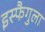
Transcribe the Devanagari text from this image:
इस्फैगुला